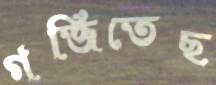
গর্জিতেছ